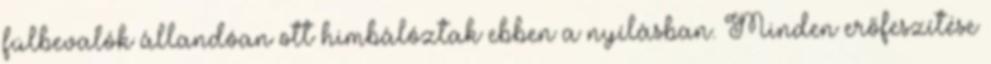
fülbevalók állandóan ott himbálóztak ebben a nyílásban. Minden erőfeszítése